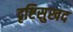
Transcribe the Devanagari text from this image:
दृष्टिसुखद